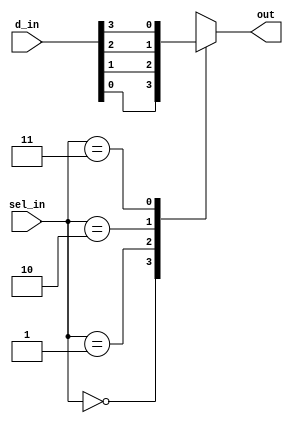
`timescale 1ns / 1ps
//////////////////////////////////////////////////////////////////////////////////
// Company: 
// Engineer: 
// 
// Design Name: 
// Module Name: mux_4to1
// Project Name: 
// Target Devices: 
// Tool Versions: 
// Description: 
// 
// Dependencies: 
// 
// Revision:
// Revision 0.01 - File Created
// Additional Comments:
// 
//////////////////////////////////////////////////////////////////////////////////


module mux_4to1(
                input [3:0] d_in,
                input [1:0] sel_in,
                output reg out);
always@*
begin
     case(sel_in)
     2'b00: out= d_in[0];
     2'b01: out= d_in[1];
     2'b10: out= d_in[2];
     2'b11: out= d_in[3];
     default: out= d_in[0];
     endcase
end                    
endmodule